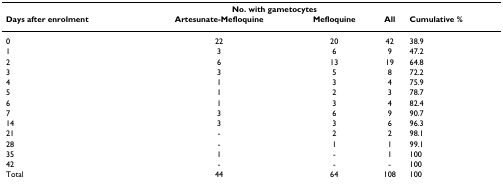
|  | <COLSPAN=3> No. with gametocytes |  |
 | Days after enrolment | Artesunate-Mefloquine | Mefloquine | All | Cumulative % |
 | --- | --- | --- | --- | --- |
 | 0 | 22 | 20 | 42 | 38.9 |
 | 1 | 3 | 6 | 9 | 47.2 |
 | 2 | 6 | 13 | 19 | 64.8 |
 | 3 | 3 | 5 | 8 | 72.2 |
 | 4 | 1 | 3 | 4 | 75.9 |
 | 5 | 1 | 2 | 3 | 78.7 |
 | 6 | 1 | 3 | 4 | 82.4 |
 | 7 | 3 | 6 | 9 | 90.7 |
 | 14 | 3 | 3 | 6 | 96.3 |
 | 21 | - | 2 | 2 | 98.1 |
 | 28 | - | 1 | 1 | 99.1 |
 | 35 | 1 | - | 1 | 100 |
 | 42 | - | - | - | 100 |
 | Total | 44 | 64 | 108 | 100 |